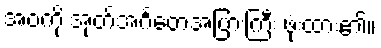
အဝကို အုတ်အင်္ဂတေအပြားကြီး ဖုံးထား၏။